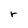
Character: r